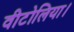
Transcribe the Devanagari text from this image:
वीटोलिया।